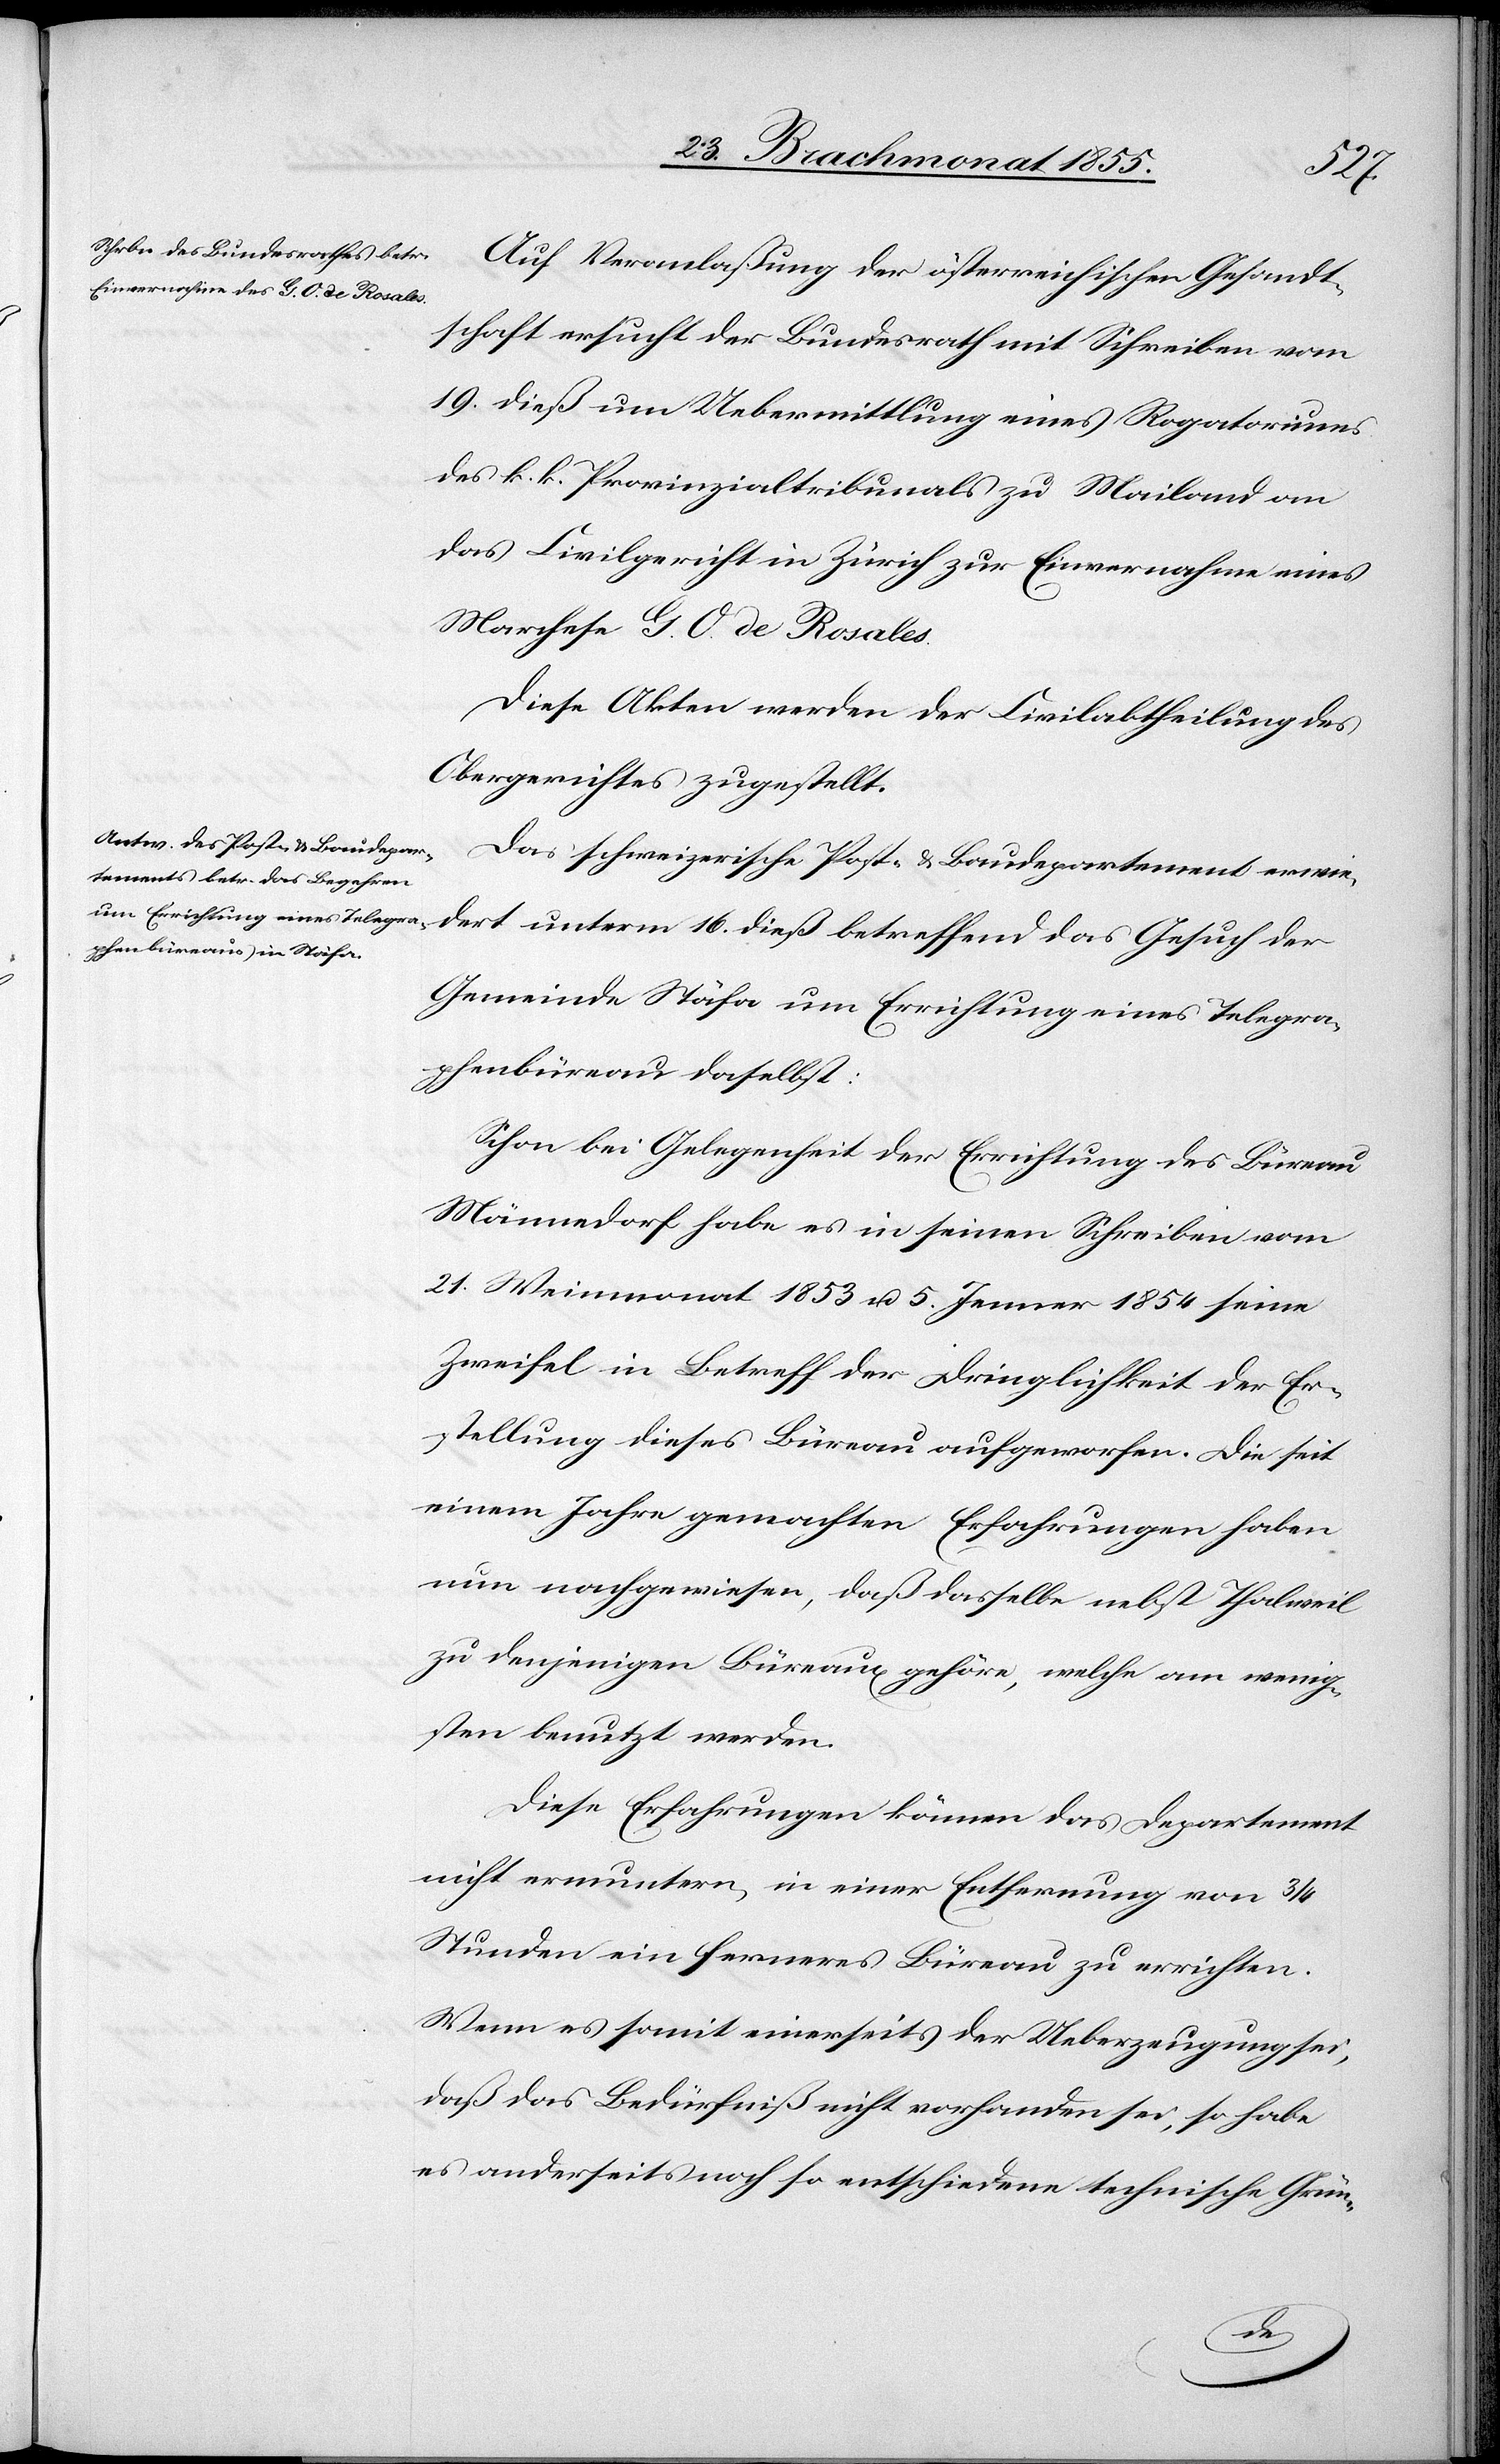
dieß
Auf Veranlaßung der österreichischen Gesandt¬
schaft ersucht der Bundesrath mit Schreiben vom
19. dieß um Uebermittlung eines Rogatoriums
des k. k. Provinzialtribunals zu Mailand an
das Civilgericht in Zürich zur Einvernahme eines
Marchese G. O. de Rosales.
Diese Akten werden der Civilabtheilung des
Obergerichtes zugestellt.
Das schweizerische Post- & Baudepartement erwie¬
Gesuch der
Gemeinde Stäfa um Errichtung eines Telegra¬
phenbüreau daselbst:
Schon bei Gelegenheit der Errichtung des Büreau
Männedorf habe es in seinen Schreiben vom
21. Weinmonat 1853 u. 5. Jenner 1854 seine
Zweifel in Betreff der Dringlichkeit der Er¬
stellung dieses Büreau aufgeworfen. Die seit
einem Jahre gemachten Erfahrungen haben
nun nachgewiesen, daß dasselbe nebst Thalweil
zu denjenigen Büreaux gehöre, welche am wenig¬
sten benutzt werden.
Diese Erfahrungen können das Departement
nicht ermuntern, in einer Entfernung von 3/4
Stunden ein ferneres Büreau zu errichten.
Wenn es somit einerseits der Ueberzeugung sei,
daß das Bedürfniß nicht vorhanden sei, so habe
es anderseits noch so entschiedene technische Grün-